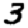
Digit: 3